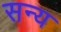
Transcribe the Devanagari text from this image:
सन्य